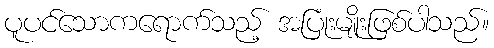
ပူပင်သောကရောက်သည့် အပြုံးမျိုးဖြစ်ပါသည်။